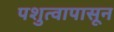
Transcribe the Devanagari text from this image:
पशुत्वापासून